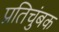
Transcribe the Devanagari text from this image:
प्रतिचुंबक